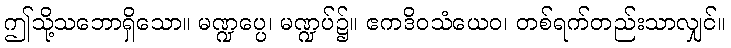
ဤသို့သဘောရှိသော။ မဏ္ဍပ္ပေ၊ မဏ္ဍပ်၌။ ဧကဒိဝသံယေဝ၊ တစ်ရက်တည်းသာလျှင်။